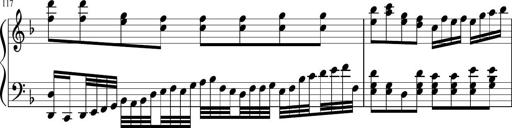
Title: Sonatina in F major
Composer: Ethan Ngo
Key: F major